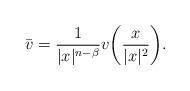
LaTeX: \begin{align*} \bar{v}=\frac{1}{|x|^{n-\beta}}v\bigg(\frac{x}{|x|^2} \bigg). \end{align*}